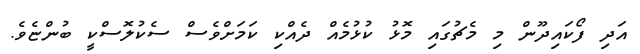
އަދި ފޯކައިދޫން މި މެޗުގައި މޮޅު ކުޅުމެއް ދެއްކި ކަމަށްވެސް ސެކުލޮސްކީ ބުންޏެވެ.